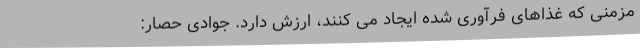
مزمنی که غذاهای فرآوری شده ایجاد می کنند، ارزش دارد. جوادی حصار: